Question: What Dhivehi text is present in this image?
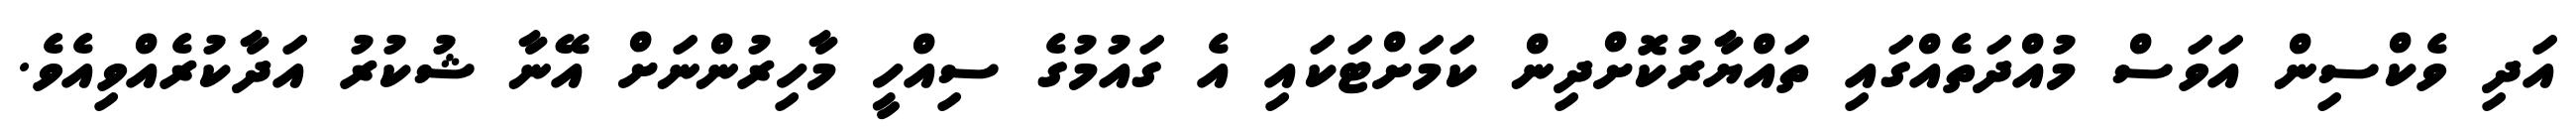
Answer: އަދި ވެކްސިން އަވަސް މުއްދަތެއްގައި ތައްޔާރުކޮށްދިން ކަމަށްޓަކައި އެ ގައުމުގެ ސިއްހީ މާހިރުންނަށް އޭނާ ޝުކުރު އަދާކުރެއްވިއެވެ.